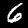
Digit: 6